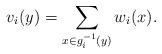
LaTeX: \begin{align*} v_i(y) = \sum_{x \in g_i^{-1}(y)} w_i(x). \end{align*}